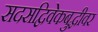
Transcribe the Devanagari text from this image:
सदसद्विवेकबुद्धीवर